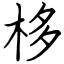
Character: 栘